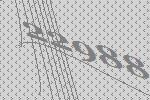
22988